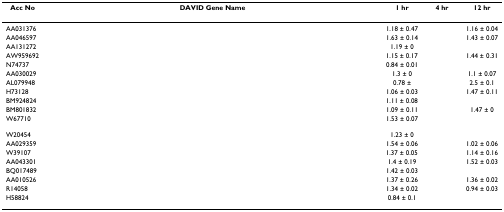
<table><thead><tr><td><b>Acc No</b></td><td><b>DAVID Gene Name</b></td><td><b>1 hr</b></td><td><b>4 hr</b></td><td><b>12 hr</b></td></tr></thead><tbody><tr><td>AA031376</td><td>[EMPTY_CELL]</td><td>1.18 ± 0.47</td><td>[EMPTY_CELL]</td><td>1.16 ± 0.04</td></tr><tr><td>AA046597</td><td>[EMPTY_CELL]</td><td>1.63 ± 0.14</td><td>[EMPTY_CELL]</td><td>1.43 ± 0.07</td></tr><tr><td>AA131272</td><td>[EMPTY_CELL]</td><td>1.19 ± 0</td><td>[EMPTY_CELL]</td><td>[EMPTY_CELL]</td></tr><tr><td>AW959692</td><td>[EMPTY_CELL]</td><td>1.15 ± 0.17</td><td>[EMPTY_CELL]</td><td>1.44 ± 0.31</td></tr><tr><td>N74737</td><td>[EMPTY_CELL]</td><td>0.84 ± 0.01</td><td>[EMPTY_CELL]</td><td>[EMPTY_CELL]</td></tr><tr><td>AA030029</td><td>[EMPTY_CELL]</td><td>1.3 ± 0</td><td>[EMPTY_CELL]</td><td>1.1 ± 0.07</td></tr><tr><td>AL079948</td><td>[EMPTY_CELL]</td><td>0.78 ±</td><td>[EMPTY_CELL]</td><td>2.5 ± 0.1</td></tr><tr><td>H73128</td><td>[EMPTY_CELL]</td><td>1.06 ± 0.03</td><td>[EMPTY_CELL]</td><td>1.47 ± 0.11</td></tr><tr><td>BM924824</td><td>[EMPTY_CELL]</td><td>1.11 ± 0.08</td><td>[EMPTY_CELL]</td><td>[EMPTY_CELL]</td></tr><tr><td>BM801832</td><td>[EMPTY_CELL]</td><td>1.09 ± 0.11</td><td>[EMPTY_CELL]</td><td>1.47 ± 0</td></tr><tr><td>W67710</td><td>[EMPTY_CELL]</td><td>1.53 ± 0.07</td><td>[EMPTY_CELL]</td><td>[EMPTY_CELL]</td></tr><tr><td>W20454</td><td>[EMPTY_CELL]</td><td>1.23 ± 0</td><td>[EMPTY_CELL]</td><td>[EMPTY_CELL]</td></tr><tr><td>AA029359</td><td>[EMPTY_CELL]</td><td>1.54 ± 0.06</td><td>[EMPTY_CELL]</td><td>1.02 ± 0.06</td></tr><tr><td>W39107</td><td>[EMPTY_CELL]</td><td>1.37 ± 0.05</td><td>[EMPTY_CELL]</td><td>1.14 ± 0.16</td></tr><tr><td>AA043301</td><td>[EMPTY_CELL]</td><td>1.4 ± 0.19</td><td>[EMPTY_CELL]</td><td>1.52 ± 0.03</td></tr><tr><td>BQ017489</td><td>[EMPTY_CELL]</td><td>1.42 ± 0.03</td><td>[EMPTY_CELL]</td><td>[EMPTY_CELL]</td></tr><tr><td>AA010526</td><td>[EMPTY_CELL]</td><td>1.37 ± 0.26</td><td>[EMPTY_CELL]</td><td>1.36 ± 0.02</td></tr><tr><td>R14058</td><td>[EMPTY_CELL]</td><td>1.34 ± 0.02</td><td>[EMPTY_CELL]</td><td>0.94 ± 0.03</td></tr><tr><td>H58824</td><td>[EMPTY_CELL]</td><td>0.84 ± 0.1</td><td>[EMPTY_CELL]</td><td>[EMPTY_CELL]</td></tr></tbody></table>